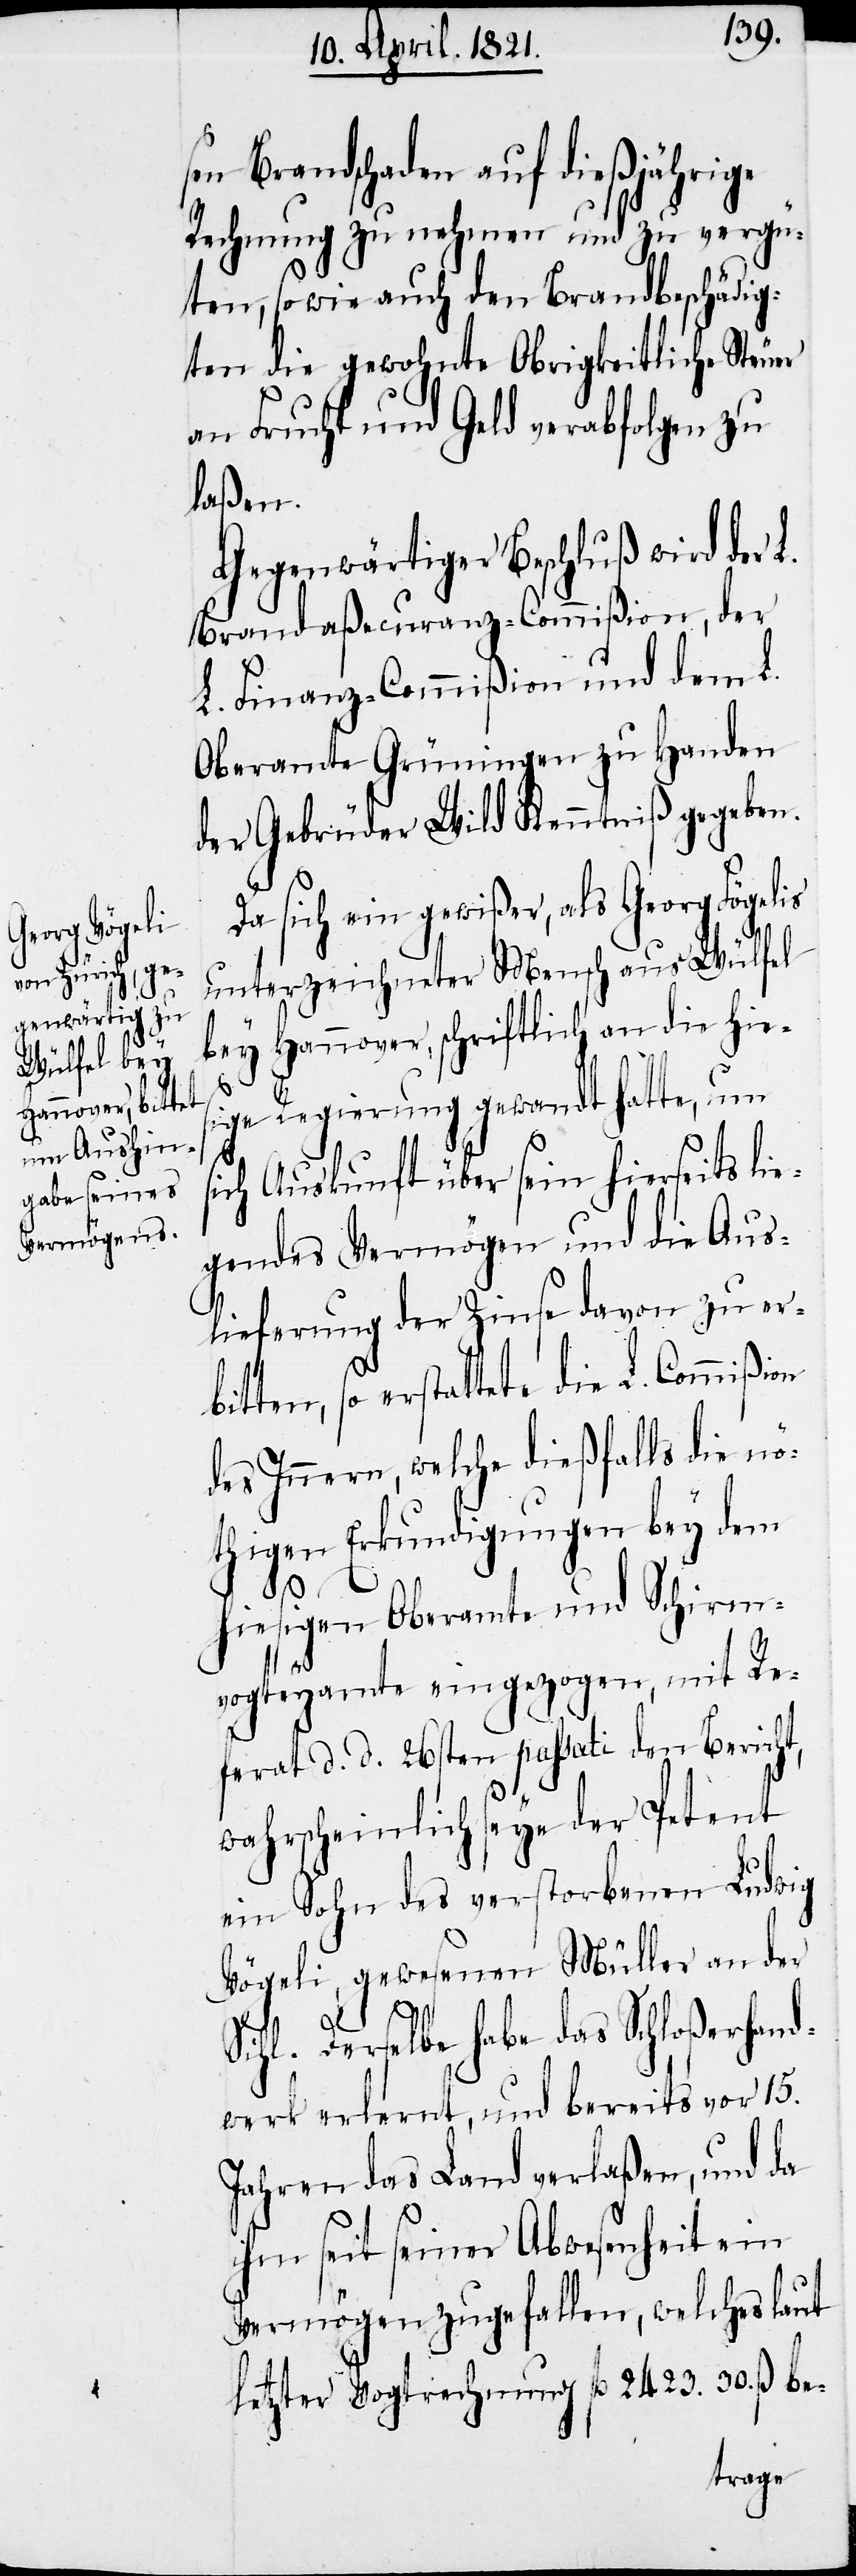
s¬

sen Brandschaden auf dießjährige
Rechnung zu nehmen und zu vergü¬
ten, sowie auch den Brandbeschädig¬
ten die gewohnte Obrigkeitliche Steu¬
an Frucht und Geld verabfolgen zu
laßen.
Gegenwärtiger Beschluß wird der L.
Brandaßecuranz-Commißion, der
L. Finanz-Commißion und dem L.
Oberamte Grüningen zu Handen
der Gebrüder Wild Kenntniß gegeben.
Da sich ein gewißer, als Georg Fögelis
unterzeichneter Mensch aus Wülfel
bey Hannover, schriftlich an die hies¬
ige Regierung gewandt hatte, um
ich Auskunft über sein hierseits lie¬
gendes Vermögen und die Aus¬
lieferung der Zinse davon zu erb¬
itten, so erstattete die L. Commi¬
des Innern, welche dießfalls die nö¬
thigen Erkundigungen bey dem
hiesigen Oberamte und Schirm¬
vogteyamte eingezogen, mit Re¬
ferat d. d. 26sten passati den Bericht,
wahrscheinlich seye der Petent
ein Sohn des verstorbenen Ludwig
Vögeli, gewesenen Müller an der
ßion
Sihl. Derselbe habe das Schloßerhand¬
werk erlernt, und bereits vor 15.
Jahren das Land verlaßen, und da
ihm seit seiner Abwesenheit ein
Vermögen zugefallen, welches laut
letzter Vogtrechnung fl. 2423. 30. ß be-